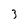
Character: 3